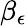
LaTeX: \beta_{\epsilon}